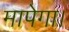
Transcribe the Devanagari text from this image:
मापेगा।